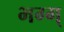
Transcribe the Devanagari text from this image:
भग्ग्